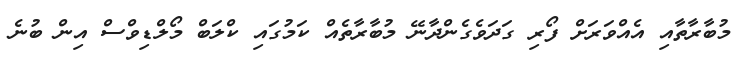
މުބާރާތާއި އެއްވަރަށް ފޯރި ގަދަވެގެންދާނޭ މުބާރާތެއް ކަމުގައި ކްލަބް މޯލްޑިވްސް އިން ބުނެ